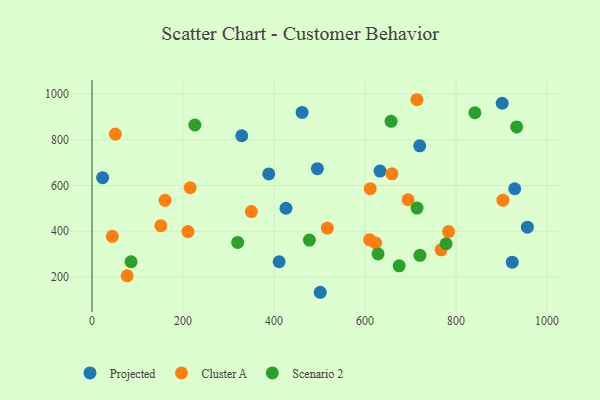
{"axis": {"x": "Engine Size", "y": "Demand"}, "legend": ["Cluster A", "Projected", "Scenario 2"], "data": [{"x": "633.0", "y": 662.9, "type": "Projected"}, {"x": "329.1", "y": 817.7, "type": "Projected"}, {"x": "720.1", "y": 773.5, "type": "Projected"}, {"x": "388.4", "y": 650.7, "type": "Projected"}, {"x": "923.5", "y": 264.4, "type": "Projected"}, {"x": "426.2", "y": 500.2, "type": "Projected"}, {"x": "23.3", "y": 634.1, "type": "Projected"}, {"x": "901.4", "y": 959.8, "type": "Projected"}, {"x": "956.7", "y": 417.5, "type": "Projected"}, {"x": "495.2", "y": 673.5, "type": "Projected"}, {"x": "461.6", "y": 919.7, "type": "Projected"}, {"x": "411.2", "y": 266.2, "type": "Projected"}, {"x": "501.5", "y": 132.5, "type": "Projected"}, {"x": "928.9", "y": 585.7, "type": "Projected"}, {"x": "783.6", "y": 398.3, "type": "Cluster A"}, {"x": "210.9", "y": 398.1, "type": "Cluster A"}, {"x": "767.0", "y": 318.2, "type": "Cluster A"}, {"x": "160.5", "y": 534.8, "type": "Cluster A"}, {"x": "51.2", "y": 824.8, "type": "Cluster A"}, {"x": "694.6", "y": 537.5, "type": "Cluster A"}, {"x": "44.6", "y": 377.6, "type": "Cluster A"}, {"x": "611.3", "y": 585.9, "type": "Cluster A"}, {"x": "610.0", "y": 362.0, "type": "Cluster A"}, {"x": "151.2", "y": 423.8, "type": "Cluster A"}, {"x": "77.2", "y": 204.4, "type": "Cluster A"}, {"x": "902.9", "y": 535.7, "type": "Cluster A"}, {"x": "350.2", "y": 485.9, "type": "Cluster A"}, {"x": "714.0", "y": 975.3, "type": "Cluster A"}, {"x": "215.7", "y": 590.1, "type": "Cluster A"}, {"x": "659.1", "y": 650.8, "type": "Cluster A"}, {"x": "517.1", "y": 413.4, "type": "Cluster A"}, {"x": "623.3", "y": 348.2, "type": "Cluster A"}, {"x": "778.0", "y": 344.9, "type": "Scenario 2"}, {"x": "675.0", "y": 248.1, "type": "Scenario 2"}, {"x": "85.8", "y": 266.0, "type": "Scenario 2"}, {"x": "320.0", "y": 350.8, "type": "Scenario 2"}, {"x": "657.1", "y": 880.9, "type": "Scenario 2"}, {"x": "720.6", "y": 294.4, "type": "Scenario 2"}, {"x": "628.5", "y": 300.4, "type": "Scenario 2"}, {"x": "714.3", "y": 501.2, "type": "Scenario 2"}, {"x": "477.7", "y": 361.1, "type": "Scenario 2"}, {"x": "841.4", "y": 918.3, "type": "Scenario 2"}, {"x": "933.2", "y": 856.3, "type": "Scenario 2"}, {"x": "226.0", "y": 864.7, "type": "Scenario 2"}]}